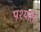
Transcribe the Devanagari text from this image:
पश्यति